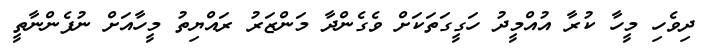
ދިވެހި މީހާ ކުރާ އުއްމީދު ހަގީގަތަކަށް ވެގެންދާ މަންޒަރު ރައްޔިތު މީހާއަށް ނުފެންނާތީ